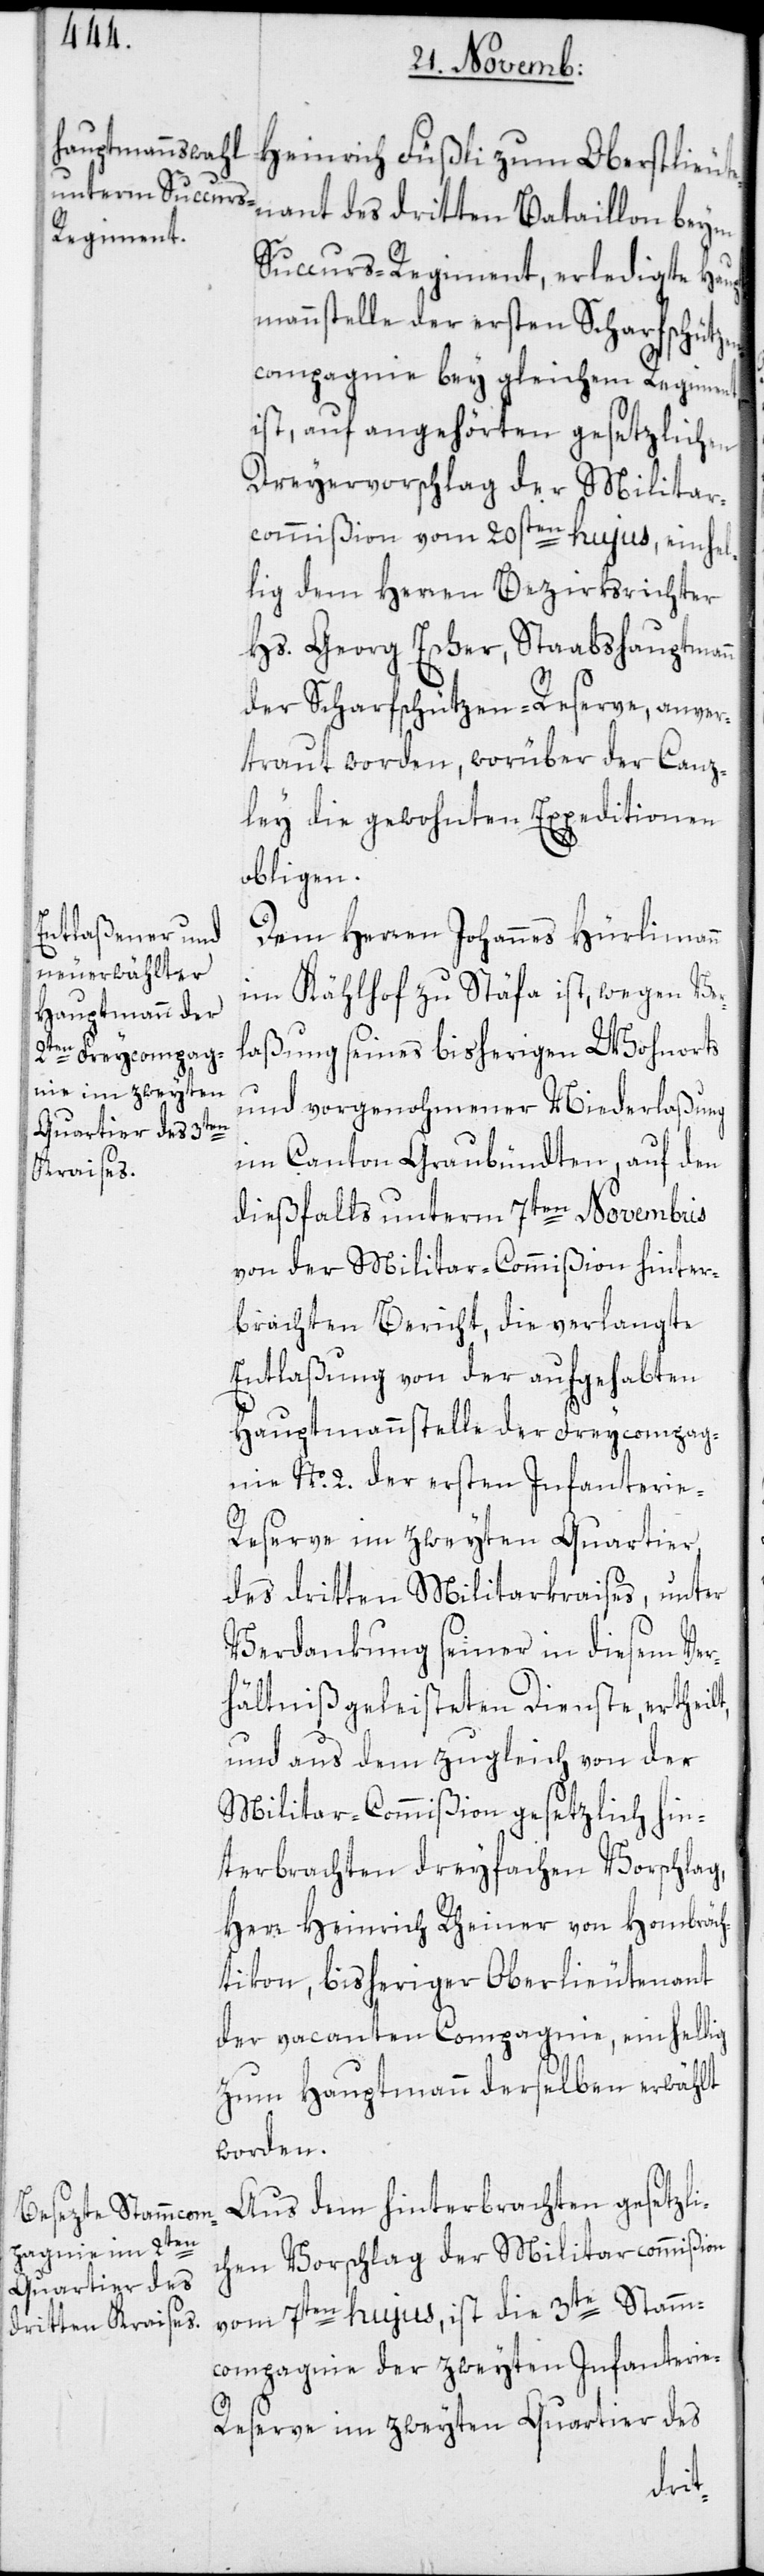
Heinrich Füßli zum Oberstlieute¬
nant des dritten Bataillon beym
Succurs-Regiment, erledigte Haup¬
tmannstelle der ersten Scharfschützen¬
compagnie bey gleichem Regiment,
ist, auf angehörten gesetzlichen
Dreyervorschlag der Militar¬
commißion vom 20sten hujus, einhel¬
lig dem Herren Bezirksrichter
Hs. Georg Escher, Staabshauptmann
der Scharfschützen-Reserve, anver¬
traut worden, worüber der Canz¬
ley die gewohnten Expeditionen
obligen.
Dem Herren Johannes Hürlimann
im Kählhof zu Stäfa ist, wegen Ver¬
laßung seines bisherigen Wohnorts
und vorgenohmener Niederlaßung
im Canton Graubündten, auf den
dießfalls unterm 7ten Novembris
von der Militar-Commißion hinter¬
brachten Bericht, die verlangte
Entlaßung von der aufgehabten
Hauptmannstelle der Freycompag¬
nie No. 2. der ersten Infanterie-R¬
eserve im zweyten Quartier
des dritten Militarkraises, unter
Verdankung seiner in diesem Ver¬
hältniß geleisteten Dienste, erthei¬
und aus dem zugleich von der
Militar-Commißion gesetzlich hin¬
terbrachten dreyfachen Vorschlag,
Herr Heinrich Rheiner von Hombräch¬
tikon, bisheriger Oberlieutenant
der vacanten Compagnie, einhellig
zum Hauptmann derselben erwählt
worden.
Aus dem hinterbrachten gesetzli¬
chen Vorschlag der Militarcommißion
vom 7ten hujus, ist die 3te Stamm¬
compagnie der zweyten Infanterie-R¬
eserve im zweyten Quartier des
lt,